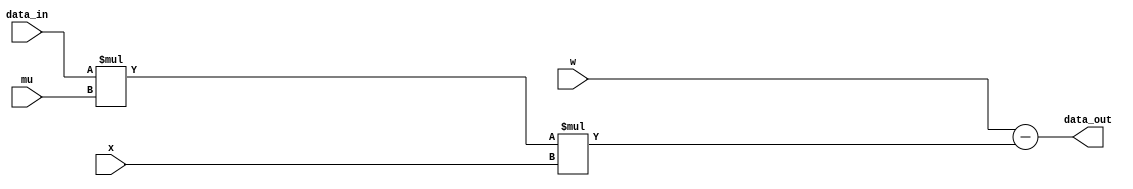
module sgd#(
    parameter bitwidth =8
)(
    input [bitwidth-1:0] x,
    input [bitwidth-1:0] w,
    input [bitwidth-1:0]data_in,
    input [bitwidth-1:0]mu,
    output [bitwidth-1:0]data_out,
);
    assign data_out=w-data_in*mu*x;

endmodule